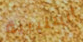
الصليبية